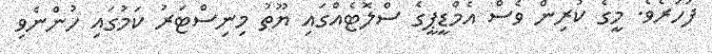
ފަހަރެވެ. މީގެ ކުރިން ވެސް އެމްޑީޕީގެ ސްލޮޓެއްގައި ޔޫތު މިނިސްޓަރު ކަމުގައި ހުންނެވި